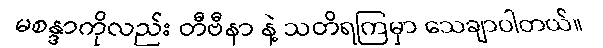
မစန္ဒာကိုလည်း တီဗီနာ နဲ့ သတိရကြမှာ သေချာပါတယ်။